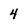
Character: 4